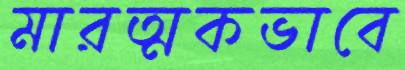
মারত্মকভাবে